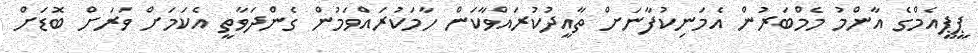
ޕީޕީއެމްގެ އާންމު މެމްބަރުން އެމަނިކުފާނަށް ތާއީދުކުރައްވާކަން ހާމަކުރައްވަމުން ގެންދަވާތީ އެކަމަށް ވަރަށް ބޮޑަށް